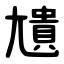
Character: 尵